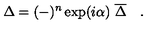
\Delta = ( - ) ^ { n } \exp ( i \alpha ) \ { \overline { { \Delta } } } \quad .